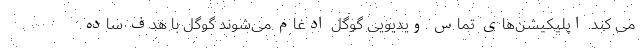
می کند. اپلیکیشن‌های تماس ویدیویی گوگل ادغام می‌شوند گوگل با هدف ساده